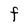
Character: F